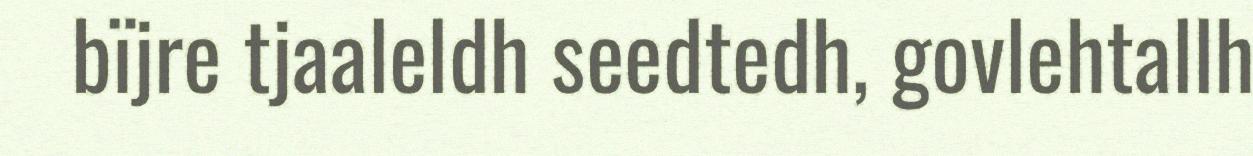
bïjre tjaaleldh seedtedh, govlehtallh